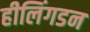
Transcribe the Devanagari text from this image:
हीलिंगडन